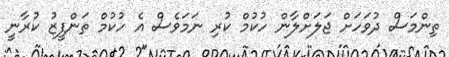
ތިންމަސް ދުވަހަށް ޖަލަށްލާން ހުކުމް ކުރި ނަމަވެސް އެ ހުކުމް ތަންފީޒު ކުރާނީ